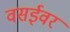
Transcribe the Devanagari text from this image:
वसईवर